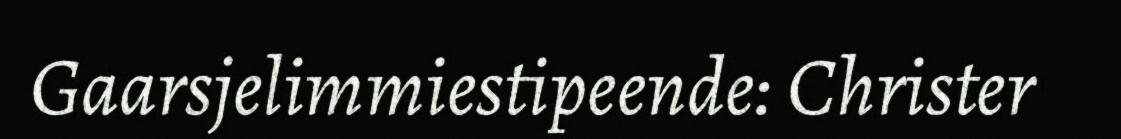
Gaarsjelimmiestipeende: Christer